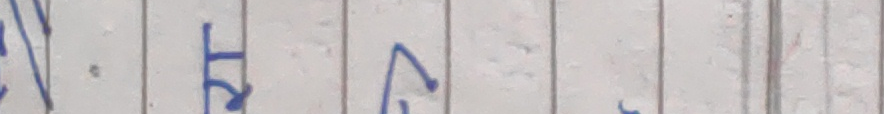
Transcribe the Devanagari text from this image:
त